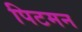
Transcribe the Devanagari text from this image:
पिटमन